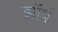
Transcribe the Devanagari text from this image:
झॉर्प